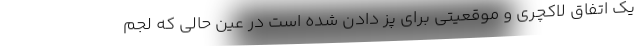
یک اتفاق لاکچری و موقعیتی برای پُز دادن شده است در عین حالی که لجم